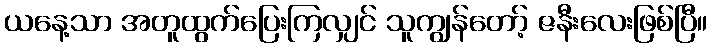
ယနေ့သာ အတူထွက်ပြေးကြလျှင် သူကျွန်တော့် ဇနီးလေးဖြစ်ပြီ။